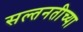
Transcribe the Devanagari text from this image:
सल्तनतीच्या